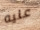
عليه